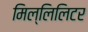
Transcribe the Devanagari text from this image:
मिल्लिलिटर